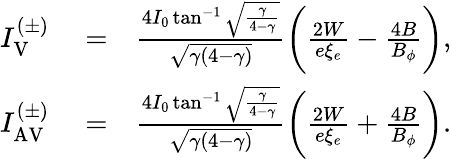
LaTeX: \begin{array}{rlr}{I_{\mathrm{V}}^{(\pm)}}&{{}=}&{\frac{4I_{0}\tan^{-1}\sqrt{\frac{\gamma}{4-\gamma}}}{\sqrt{\gamma(4-\gamma)}}\biggl(\frac{2W}{e\xi_{e}}-\frac{4B}{B_{\phi}}\biggr),}\\ {I_{\mathrm{AV}}^{(\pm)}}&{{}=}&{\frac{4I_{0}\tan^{-1}\sqrt{\frac{\gamma}{4-\gamma}}}{\sqrt{\gamma(4-\gamma)}}\biggl(\frac{2W}{e\xi_{e}}+\frac{4B}{B_{\phi}}\biggr).}\end{array}